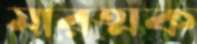
মারত্মক